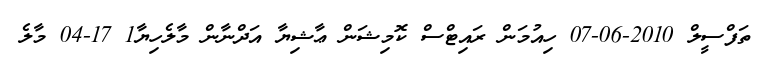
ތަފްސީލް 2010-06-07 ހިއުމަން ރައިޓްސް ކޮމިޝަން ޢާޝިޔާ އަދްނާން މާލެހިޔާ1 17-04 މާލެ